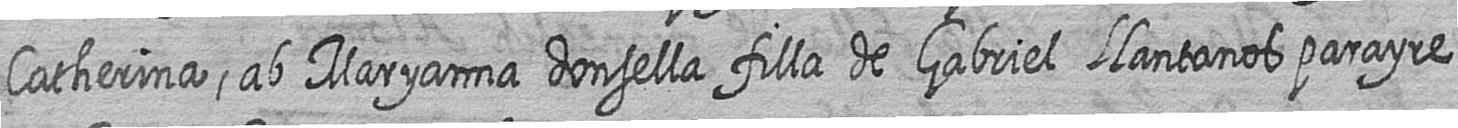
Catherina ab Maryanna donsella filla de Gabriel Llantanos parayre